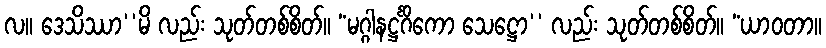
လ။ ဒေသိဿာ’’မိ လည်း သုတ်တစ်စိတ်။ “မဂ္ဂါနဋ္ဌင်္ဂိကော သေဋ္ဌော’’ လည်း သုတ်တစ်စိတ်။ “ယာဝတာ။